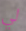
لي